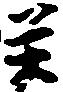
癸